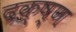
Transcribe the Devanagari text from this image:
दक्ष्ण